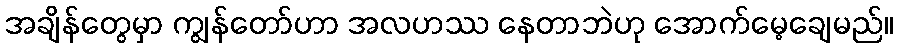
အချိန်တွေမှာ ကျွန်တော်ဟာ အလဟဿ နေတာဘဲဟု အောက်မေ့ချေမည်။